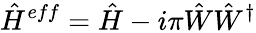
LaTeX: \hat{H}^{eff}=\hat{H}-i\pi\hat{W}\hat{W}^{\dagger}